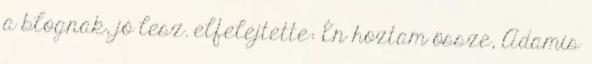
a blognak, jó lesz. elfelejtette: Én hoztam össze, Adamis